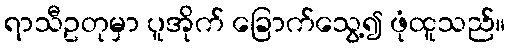
ရာသီဥတုမှာ ပူအိုက် ခြောက်သွေ့၍ ဖုံထူသည်။